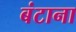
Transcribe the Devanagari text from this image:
बंटाना